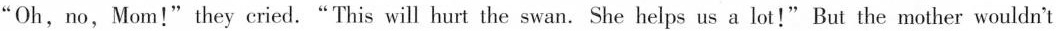
"Oh, no, Mom!"they cried."This will hurt the swan. She helps us a lot!" But the mother wouldn't